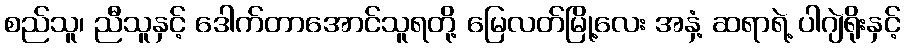
စည်သူ၊ ညီသူနှင့် ဒေါက်တာအောင်သူရတို့ မြေလတ်မြို့လေး အနှံ့ ဆရာရဲ့ ပါဂျဲရိုးနှင့်